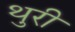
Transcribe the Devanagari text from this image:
थुरी